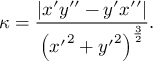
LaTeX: \kappa = { \frac { | x ^ { \prime } y ^ { \prime \prime } - y ^ { \prime } x ^ { \prime \prime } | } { \left( { x ^ { \prime } } ^ { 2 } + { y ^ { \prime } } ^ { 2 } \right) ^ { \frac { 3 } { 2 } } } } .